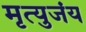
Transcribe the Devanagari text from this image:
मृत्युजंय